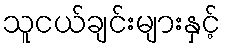
သူငယ်ချင်းများနှင့်